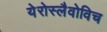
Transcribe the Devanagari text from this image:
येरोस्लैवोविच